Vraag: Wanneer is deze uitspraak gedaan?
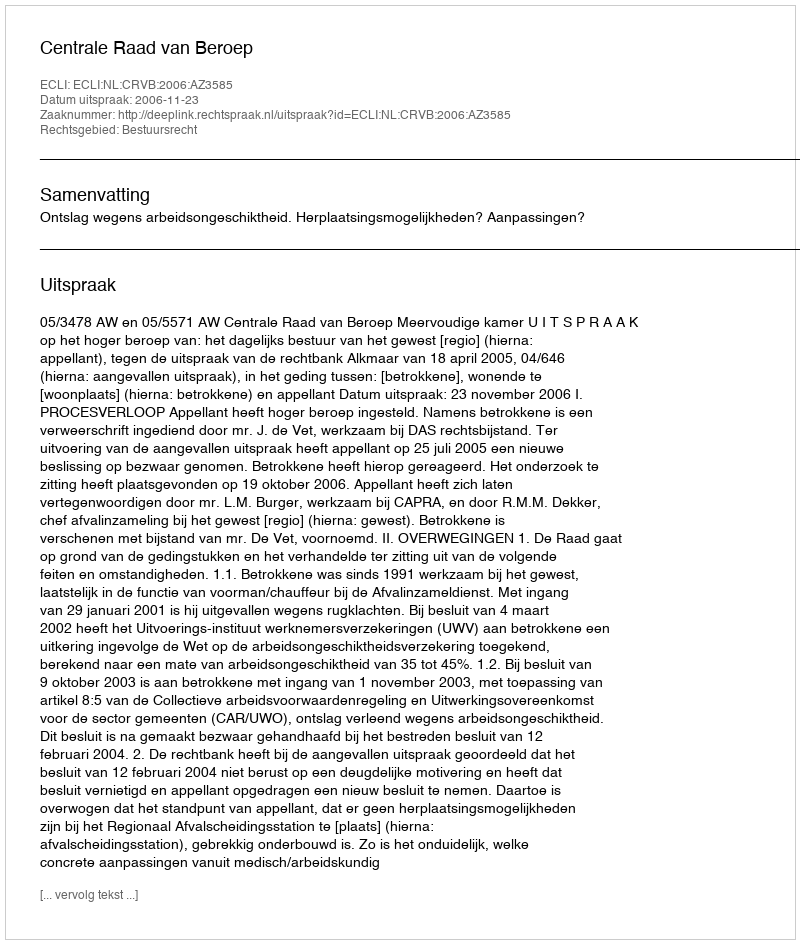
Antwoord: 2006-11-23